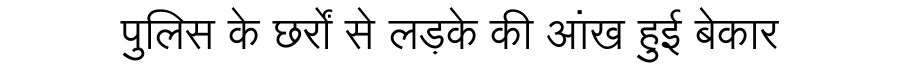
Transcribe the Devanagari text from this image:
पुलिस के छर्रों से लड़के की आंख हुई बेकार